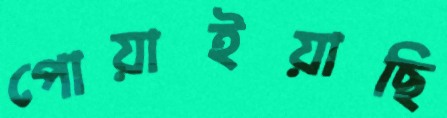
পোয়াইয়াছি